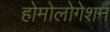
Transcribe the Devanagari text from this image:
होमोलोगेशन